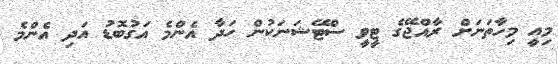
މިއީ މިހާތަނަށް ރާއްޖޭގެ ޓީވީ ސްޓޭޝަނަކުން ހަދާ އެންމެ އަގުބޮޑު އަދި އެންމެ